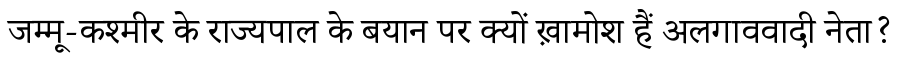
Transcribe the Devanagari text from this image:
जम्मू-कश्मीर के राज्यपाल के बयान पर क्यों ख़ामोश हैं अलगाववादी नेता?